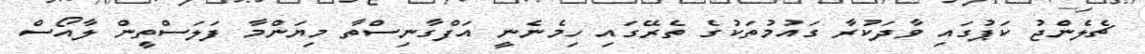
ޗެލެންޖު ކަޕުގައި ވާދަކުރާ ގައުމުތަކުގެ ތެރޭގައި ހިމެނެނީ އަފްގާނިސްތާ މިޔަންމާ ފަލަސްތީން ލާއޯސް